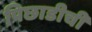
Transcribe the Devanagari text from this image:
पिछाडीची